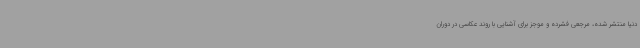
دنیا منتشر شده، مرجعی فشرده و موجز برای آشنایی با روند عکاسی در دوران